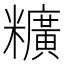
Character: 䊯